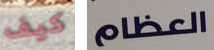
كيف العظام